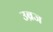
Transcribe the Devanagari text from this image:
उब्रज